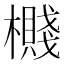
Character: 㰄